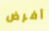
أفرض